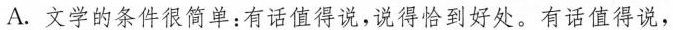
A.文学的条件很简单：有话值得说，说得恰到好处。有话值得说，